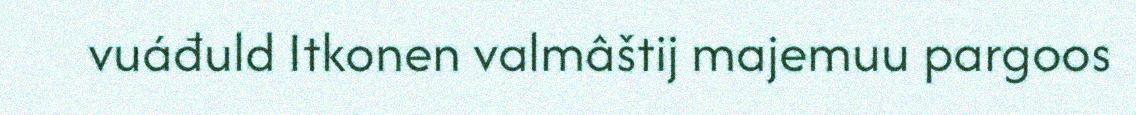
vuáđuld Itkonen valmâštij majemuu pargoos